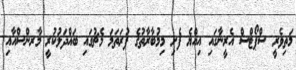
މަތިވެރީ ސްޕޯޓްސް އެރީނާގައި އިއްޔެ ފެށި މިމުބާރާތުގެ ފުރަތަމަ މެޗުގައި ބައްދަލުކުރީ މާރންސްއާއި